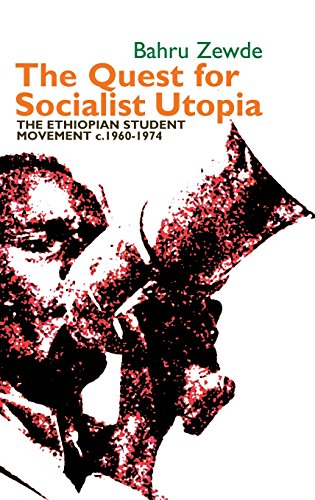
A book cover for The Quest for Socialist Utopia (Eastern Africa Series); Bahru Zewde; History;